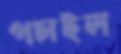
পচাইল